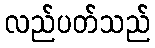
လည်ပတ်သည်